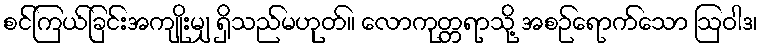
စင်ကြယ်ခြင်းအကျိုးမျှ ရှိသည်မဟုတ်။ လောကုတ္တရာသို့ အစဉ်ရောက်သော ဩဝါဒ၊